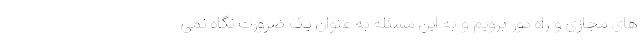
های مجازی و راه دور برویم و به این مسئله به عنوان یک ضرورت نگاه نمی